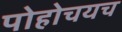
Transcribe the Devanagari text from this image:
पोहोचयच